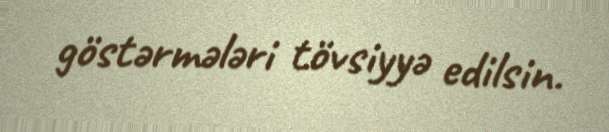
göstərmələri tövsiyyə edilsin.